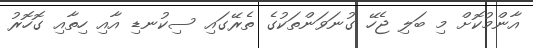
އާންމުކޮށް މި ބަލި ޖެހޭ ގުނަވަންތަކުގެ ތެރޭގައި ސިކުނޑި އާއި ހިތާއި ގޮހޮރު